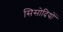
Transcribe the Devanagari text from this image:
सिसोदियों